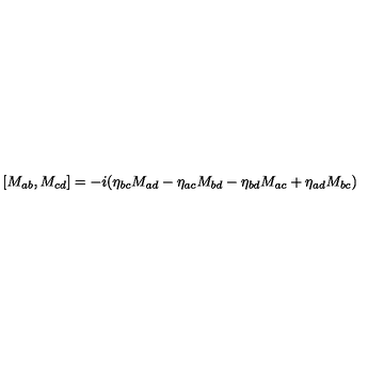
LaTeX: [ M _ { a b } , M _ { c d } ] = - i ( \eta _ { b c } M _ { a d } - \eta _ { a c } M _ { b d } - \eta _ { b d } M _ { a c } + \eta _ { a d } M _ { b c } )